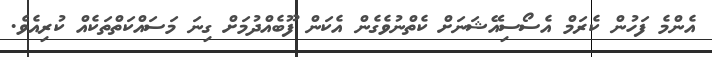
އެންމެ ފަހުން ކެރަމް އެސޯސިއޭޝަނަށް ކެތްނުވެގެން އެކަން ފޫބެއްދުމަށް ގިނަ މަސައްކަތްތަކެއް ކުރިއެވެ.